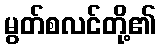
မွတ်စလင်တို့၏